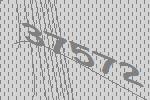
37572